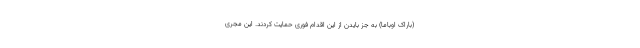
(باراک اوباما) به جز بایدن از این اقدام فوری حمایت کردند. این مجری